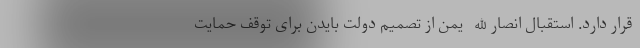
قرار دارد. استقبال انصارالله یمن از تصمیم دولت بایدن برای توقف حمایت